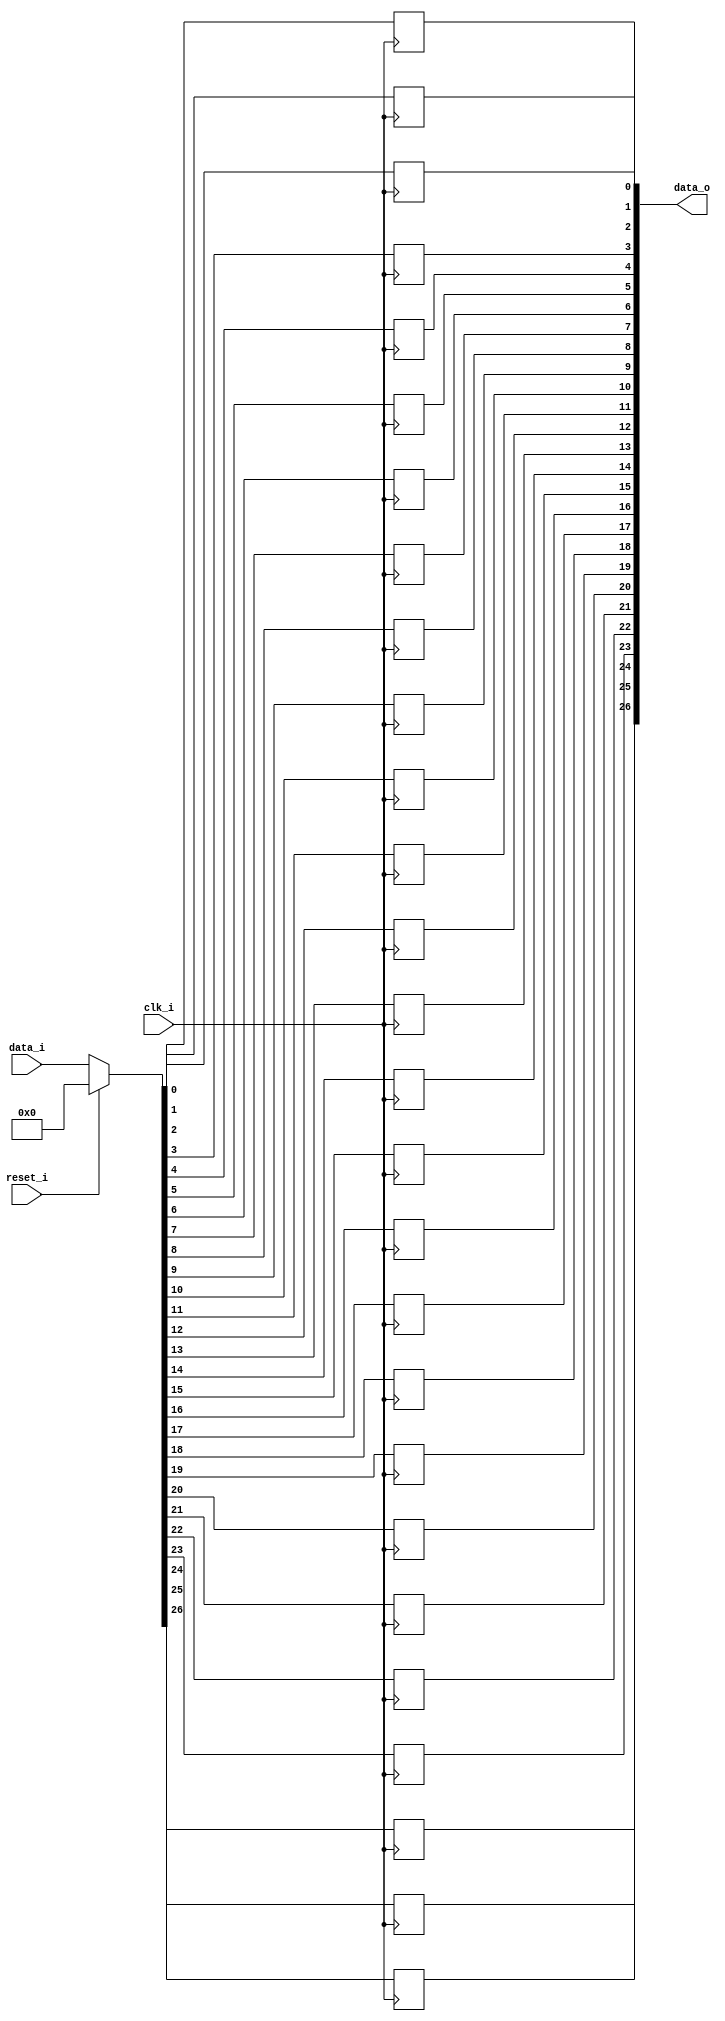
module bsg_dff_reset_width_p27
(
  clk_i,
  reset_i,
  data_i,
  data_o
);

  input [26:0] data_i;
  output [26:0] data_o;
  input clk_i;
  input reset_i;
  wire [26:0] data_o;
  wire N0,N1,N2,N3,N4,N5,N6,N7,N8,N9,N10,N11,N12,N13,N14,N15,N16,N17,N18,N19,N20,N21,
  N22,N23,N24,N25,N26,N27,N28,N29;
  reg data_o_26_sv2v_reg,data_o_25_sv2v_reg,data_o_24_sv2v_reg,data_o_23_sv2v_reg,
  data_o_22_sv2v_reg,data_o_21_sv2v_reg,data_o_20_sv2v_reg,data_o_19_sv2v_reg,
  data_o_18_sv2v_reg,data_o_17_sv2v_reg,data_o_16_sv2v_reg,data_o_15_sv2v_reg,
  data_o_14_sv2v_reg,data_o_13_sv2v_reg,data_o_12_sv2v_reg,data_o_11_sv2v_reg,
  data_o_10_sv2v_reg,data_o_9_sv2v_reg,data_o_8_sv2v_reg,data_o_7_sv2v_reg,data_o_6_sv2v_reg,
  data_o_5_sv2v_reg,data_o_4_sv2v_reg,data_o_3_sv2v_reg,data_o_2_sv2v_reg,
  data_o_1_sv2v_reg,data_o_0_sv2v_reg;
  assign data_o[26] = data_o_26_sv2v_reg;
  assign data_o[25] = data_o_25_sv2v_reg;
  assign data_o[24] = data_o_24_sv2v_reg;
  assign data_o[23] = data_o_23_sv2v_reg;
  assign data_o[22] = data_o_22_sv2v_reg;
  assign data_o[21] = data_o_21_sv2v_reg;
  assign data_o[20] = data_o_20_sv2v_reg;
  assign data_o[19] = data_o_19_sv2v_reg;
  assign data_o[18] = data_o_18_sv2v_reg;
  assign data_o[17] = data_o_17_sv2v_reg;
  assign data_o[16] = data_o_16_sv2v_reg;
  assign data_o[15] = data_o_15_sv2v_reg;
  assign data_o[14] = data_o_14_sv2v_reg;
  assign data_o[13] = data_o_13_sv2v_reg;
  assign data_o[12] = data_o_12_sv2v_reg;
  assign data_o[11] = data_o_11_sv2v_reg;
  assign data_o[10] = data_o_10_sv2v_reg;
  assign data_o[9] = data_o_9_sv2v_reg;
  assign data_o[8] = data_o_8_sv2v_reg;
  assign data_o[7] = data_o_7_sv2v_reg;
  assign data_o[6] = data_o_6_sv2v_reg;
  assign data_o[5] = data_o_5_sv2v_reg;
  assign data_o[4] = data_o_4_sv2v_reg;
  assign data_o[3] = data_o_3_sv2v_reg;
  assign data_o[2] = data_o_2_sv2v_reg;
  assign data_o[1] = data_o_1_sv2v_reg;
  assign data_o[0] = data_o_0_sv2v_reg;

  always @(posedge clk_i) begin
    if(1'b1) begin
      data_o_26_sv2v_reg <= N29;
    end 
  end


  always @(posedge clk_i) begin
    if(1'b1) begin
      data_o_25_sv2v_reg <= N28;
    end 
  end


  always @(posedge clk_i) begin
    if(1'b1) begin
      data_o_24_sv2v_reg <= N27;
    end 
  end


  always @(posedge clk_i) begin
    if(1'b1) begin
      data_o_23_sv2v_reg <= N26;
    end 
  end


  always @(posedge clk_i) begin
    if(1'b1) begin
      data_o_22_sv2v_reg <= N25;
    end 
  end


  always @(posedge clk_i) begin
    if(1'b1) begin
      data_o_21_sv2v_reg <= N24;
    end 
  end


  always @(posedge clk_i) begin
    if(1'b1) begin
      data_o_20_sv2v_reg <= N23;
    end 
  end


  always @(posedge clk_i) begin
    if(1'b1) begin
      data_o_19_sv2v_reg <= N22;
    end 
  end


  always @(posedge clk_i) begin
    if(1'b1) begin
      data_o_18_sv2v_reg <= N21;
    end 
  end


  always @(posedge clk_i) begin
    if(1'b1) begin
      data_o_17_sv2v_reg <= N20;
    end 
  end


  always @(posedge clk_i) begin
    if(1'b1) begin
      data_o_16_sv2v_reg <= N19;
    end 
  end


  always @(posedge clk_i) begin
    if(1'b1) begin
      data_o_15_sv2v_reg <= N18;
    end 
  end


  always @(posedge clk_i) begin
    if(1'b1) begin
      data_o_14_sv2v_reg <= N17;
    end 
  end


  always @(posedge clk_i) begin
    if(1'b1) begin
      data_o_13_sv2v_reg <= N16;
    end 
  end


  always @(posedge clk_i) begin
    if(1'b1) begin
      data_o_12_sv2v_reg <= N15;
    end 
  end


  always @(posedge clk_i) begin
    if(1'b1) begin
      data_o_11_sv2v_reg <= N14;
    end 
  end


  always @(posedge clk_i) begin
    if(1'b1) begin
      data_o_10_sv2v_reg <= N13;
    end 
  end


  always @(posedge clk_i) begin
    if(1'b1) begin
      data_o_9_sv2v_reg <= N12;
    end 
  end


  always @(posedge clk_i) begin
    if(1'b1) begin
      data_o_8_sv2v_reg <= N11;
    end 
  end


  always @(posedge clk_i) begin
    if(1'b1) begin
      data_o_7_sv2v_reg <= N10;
    end 
  end


  always @(posedge clk_i) begin
    if(1'b1) begin
      data_o_6_sv2v_reg <= N9;
    end 
  end


  always @(posedge clk_i) begin
    if(1'b1) begin
      data_o_5_sv2v_reg <= N8;
    end 
  end


  always @(posedge clk_i) begin
    if(1'b1) begin
      data_o_4_sv2v_reg <= N7;
    end 
  end


  always @(posedge clk_i) begin
    if(1'b1) begin
      data_o_3_sv2v_reg <= N6;
    end 
  end


  always @(posedge clk_i) begin
    if(1'b1) begin
      data_o_2_sv2v_reg <= N5;
    end 
  end


  always @(posedge clk_i) begin
    if(1'b1) begin
      data_o_1_sv2v_reg <= N4;
    end 
  end


  always @(posedge clk_i) begin
    if(1'b1) begin
      data_o_0_sv2v_reg <= N3;
    end 
  end

  assign { N29, N28, N27, N26, N25, N24, N23, N22, N21, N20, N19, N18, N17, N16, N15, N14, N13, N12, N11, N10, N9, N8, N7, N6, N5, N4, N3 } = (N0)? { 1'b0, 1'b0, 1'b0, 1'b0, 1'b0, 1'b0, 1'b0, 1'b0, 1'b0, 1'b0, 1'b0, 1'b0, 1'b0, 1'b0, 1'b0, 1'b0, 1'b0, 1'b0, 1'b0, 1'b0, 1'b0, 1'b0, 1'b0, 1'b0, 1'b0, 1'b0, 1'b0 } : 
                                                                                                                                              (N1)? data_i : 1'b0;
  assign N0 = reset_i;
  assign N1 = N2;
  assign N2 = ~reset_i;

endmodule